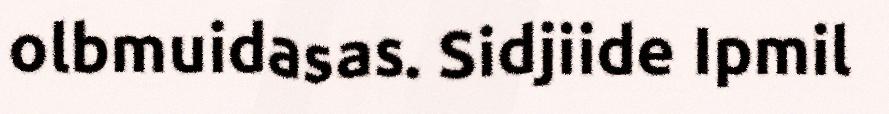
olbmuidasas. Sidjiide Ipmil